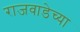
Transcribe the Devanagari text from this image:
राजवाडेच्या